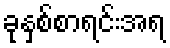
ခုနှစ်စာရင်းအရ